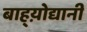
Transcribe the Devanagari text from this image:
बाह्य़ोद्यानी